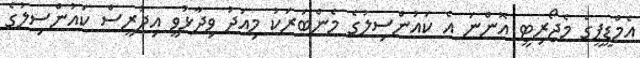
އެމްޑީޕީގެ މެޖޯރިޓީ އޮންނަ އެ ކައުންސިލުގެ މެންބަރަކު މިއަދު ވިދާޅުވީ އިދުރީސް ކައުންސިލުގެ